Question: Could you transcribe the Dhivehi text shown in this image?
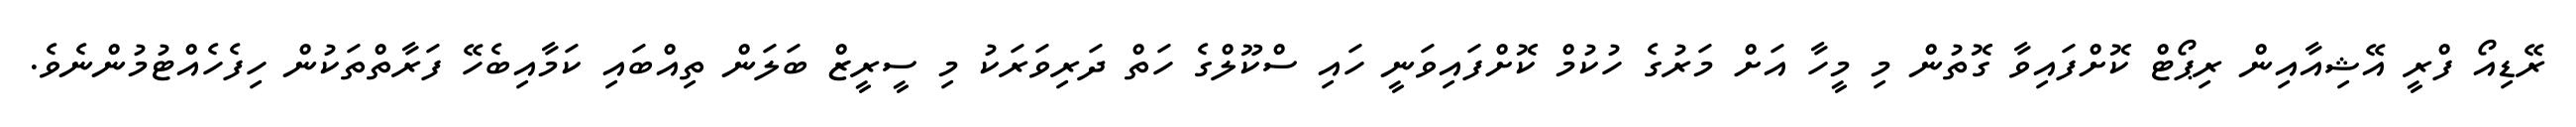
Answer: ރޭޑިއޯ ފްރީ އޭޝިއާއިން ރިޕޯޓް ކޮށްފައިވާ ގޮތުން މި މީހާ އަށް މަރުގެ ހުކުމް ކޮށްފައިވަނީ ހައި ސްކޫލްގެ ހަތް ދަރިވަރަކު މި ސީރީޒް ބަލަން ތިއްބައި ކަމާއިބެހޭ ފަރާތްތަކުން ހިފެހެއްޓުމުންނެވެ.